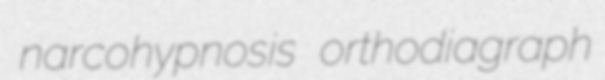
narcohypnosis orthodiagraph